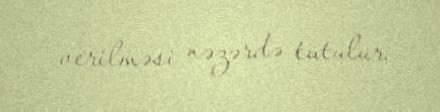
verilməsi nəzərdə tutulur.